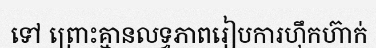
ទៅ ព្រោះគ្មានលទ្ធភាពរៀបការហ៊ឹកហ៊ាក់